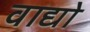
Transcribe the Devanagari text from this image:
वाद्यो